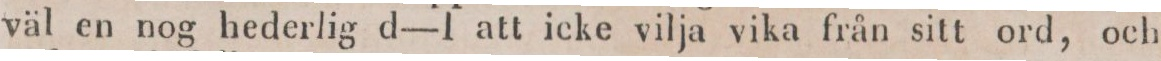
väl en nog hederlig d—I att icke vilja vika från sitt ord, och